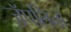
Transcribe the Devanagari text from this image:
ज़ॅपलिनों